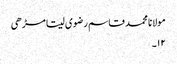
مولانا محمد قاسم رضوی سیتا مڑھی
۱۲۔